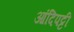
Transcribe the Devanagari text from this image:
आंदिपट्टी